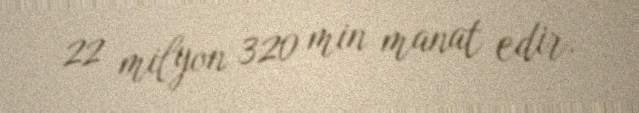
22 milyon 320 min manat edir.